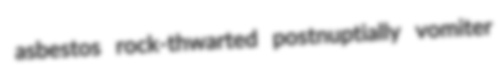
asbestos rock-thwarted postnuptially vomiter